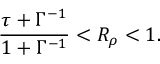
\frac { \tau + \Gamma ^ { - 1 } } { 1 + \Gamma ^ { - 1 } } < R _ { \rho } < 1 .